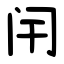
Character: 闬